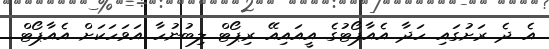
އެ ދެ ރަށުގައި ހަދާ އެއާޕޯޓުގެ އީއައިއޭ ރިޕޯޓް ލިބުނުހާ އަވަހަކަށް އެއާޕޯޓް